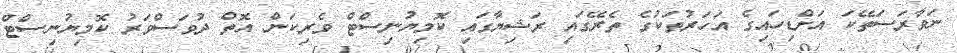
ނަވާރަސަތޭކަ އަށްޑިހައިގެ އަހަރުތަކުގެ ތެރޭގައި ރަޝިޔާގައި ކޮމިޔުނިސްޓް ވެރިކަން އޮތް ދުވަސްވަރު ކޮމިޔުނިސްޓް